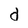
Character: d